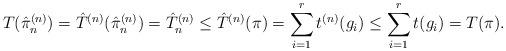
LaTeX: \begin{align*}T(\hat{\pi}^{(n)}_n) = \hat{T}^{(n)}(\hat{\pi}^{(n)}_n) = \hat{T}^{(n)}_n \leq \hat{T}^{(n)}(\pi) =\sum_{i=1}^{r}t^{(n)}(g_i) \leq \sum_{i=1}^{r}t(g_i) = T(\pi).\end{align*}